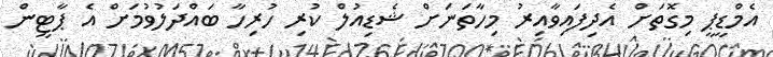
އެމްޑީޕީ މިގޮތަށް އެދިފައިވާއިރު މިހާތަނަށް ޝެޑިއުލް ކުރި ހުރިހާ ބައްދަލުވުމަށް އެ ޕާޓީން